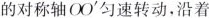
的对称轴OO^{\prime}匀速转动，沿着